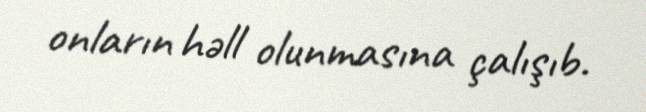
onların həll olunmasına çalışıb.